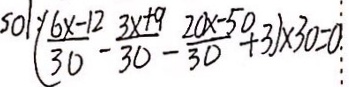
5 0 1 ( \frac { 6 x - 1 2 } { 3 0 } - \frac { 3 x + 9 } { 3 0 } - \frac { 2 0 0 x - 5 0 } { 3 0 } + 3 ) \times 3 0 = 0